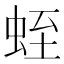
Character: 蛭